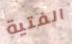
الفتية